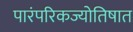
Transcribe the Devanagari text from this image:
पारंपरिकज्योतिषात